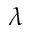
\lambda